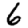
Digit: 6